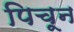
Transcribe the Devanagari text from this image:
पिचून